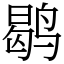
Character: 鹖